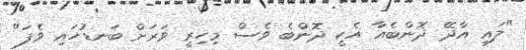
"ލައީ އާދޭ ދޮންބެއާ އެކީ ދޮންބެ ވެސް މިހިރީ ވަރަށް ބަނޑުހައި ވެފަ"